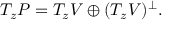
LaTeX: T _ { z } P = T _ { z } V \oplus ( T _ { z } V ) \sp \perp .